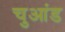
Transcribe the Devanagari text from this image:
चुआंड